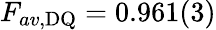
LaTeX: F_{av,\mathrm{DQ}}=0.961(3)